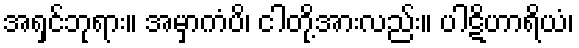
အရှင်ဘုရား။ အမှာကံပိ၊ ငါတို့အားလည်း။ ပါဋိဟာရိယံ၊